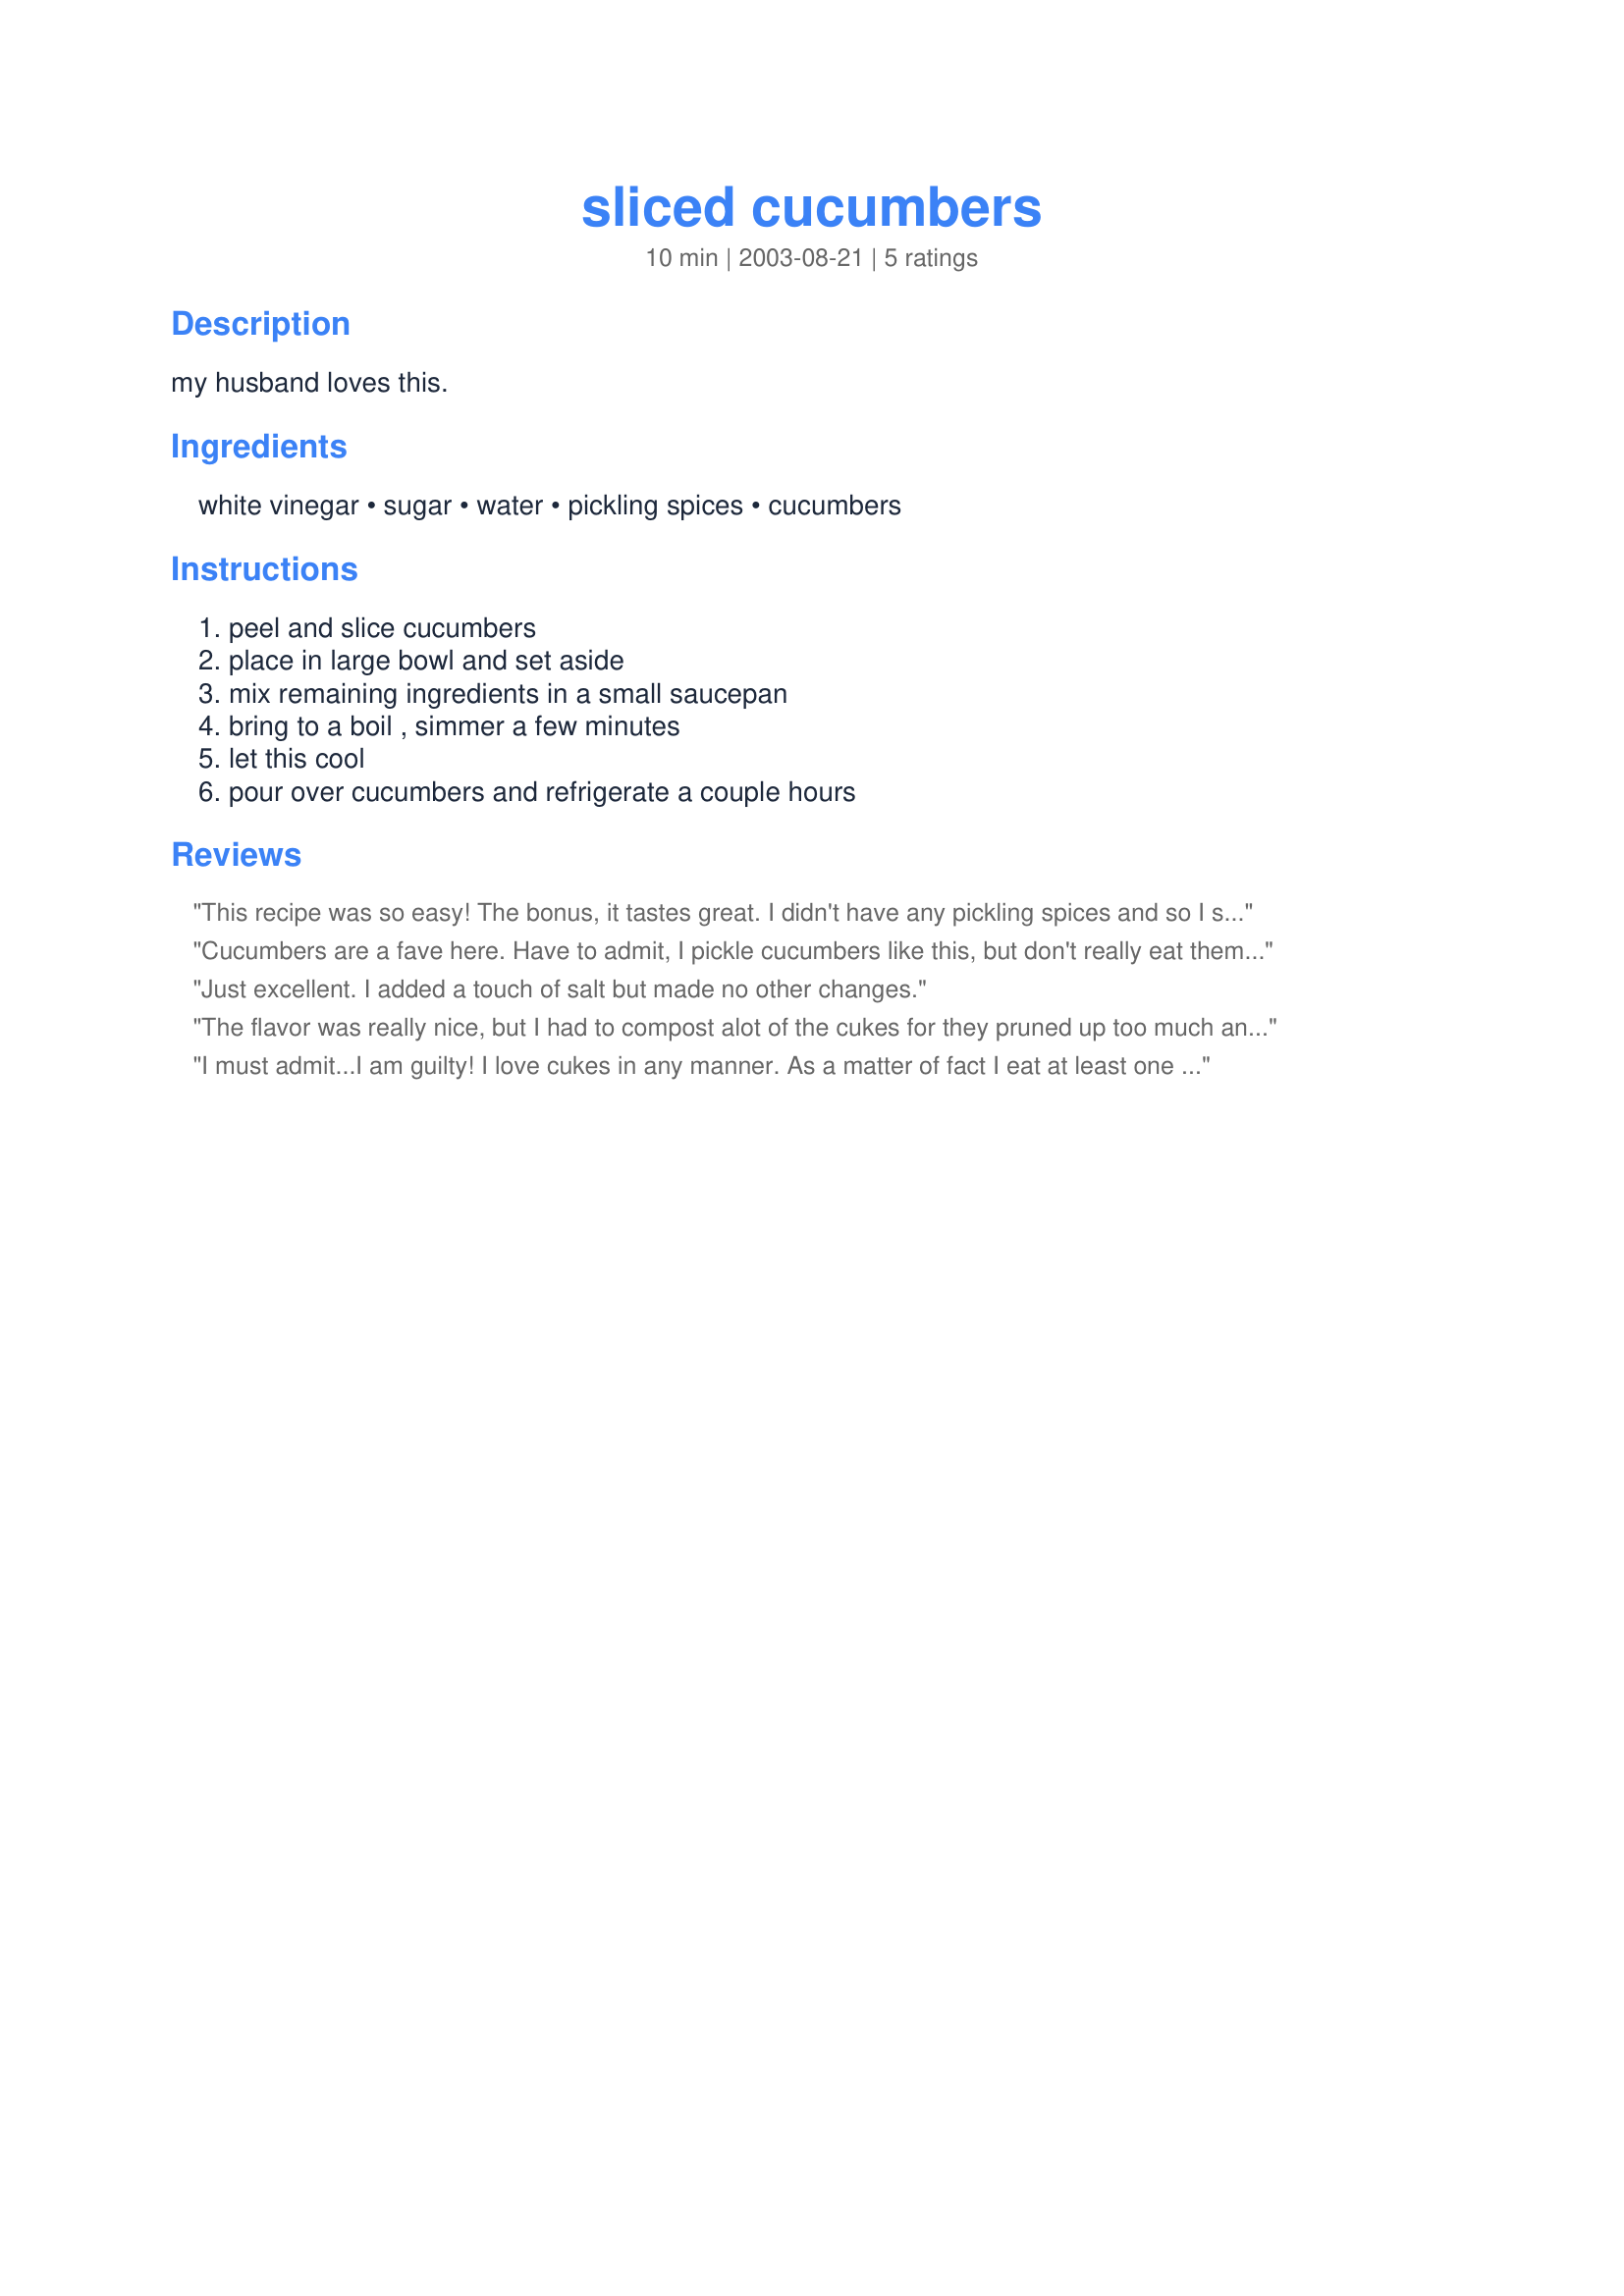
sliced cucumbers
Preparation time: 10 minutes

my husband loves this.

Ingredients:
white vinegar, sugar, water, pickling spices, cucumbers

Steps:
peel and slice cucumbers, place in large bowl and set aside, mix remaining ingredients in a small saucepan, bring to a boil , simmer a few minutes, let this cool, pour over cucumbers and refrigerate a couple hours

Reviews:
This recipe was so easy! The bonus, it tastes great.
I didn't have any pickling spices and so I substituted ground cloves, garlic and sliced onions, 
they turned out great! I loved the tangy/sweet taste. My husband (who is picky) really liked them also.
Cucumbers are a fave here. Have to admit, I pickle cucumbers like this, but don't really eat them right away. Great, and joyfully delicious! I did add 1 tablespoon of kosher salt, and 1 teaspoon red pepper flakes, for a bit of a kick! Thanks, baracious~for a unique change to a favorite vegetable!
Just excellent. I added a touch of salt but made no other changes.
The flavor was really nice, but I had to compost alot of the cukes for they pruned up too much and none of us wanted to eat a mushy cuke. Did not peel the cukes, the english cukes I used have a nice crunchy skin. The cukes I cut thick held up MUCH better than the thinly cut ones. Will make them again but cut them in 1/2" or so slices.
Thank You barbacious!
I must admit...I am guilty! I love cukes in any manner. As a matter of fact I eat at least one Kirby(pickling)cuke every day...raw, on sandwiches, in sour cream...any way you can imagine. Today I gave these a try, and they are wonderful! I often eat them sliced, tossed into vinegar,salt, and pepper. I love them just diced and mixed with cottage cheese. This just added a totally new dimension to that, but they still tasted like cucumbers(not grocery store pickles. I'll make these often as they are even better the next day, so no waste!
Thanks!
